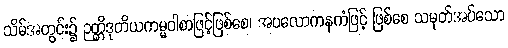
သိမ်အတွင်း၌ ဉတ္တိဒုတိယကမ္မဝါစာဖြင့်ဖြစ်စေ၊ အပလောကနကံဖြင့် ဖြစ်စေ သမုတ်အပ်သော